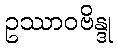
ဥဿာဝဗိန္ဒု